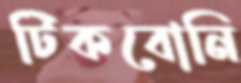
টিকবোনি